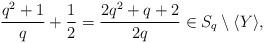
LaTeX: \begin{align*}\frac{q^2 + 1}{q} + \frac{1}{2} = \frac{2q^2 + q + 2}{2q} \in S_q \setminus \langle Y \rangle,\end{align*}